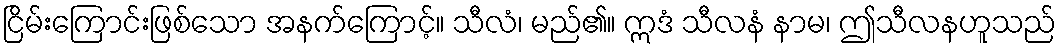
ငြိမ်းကြောင်းဖြစ်သော အနက်ကြောင့်။ သီလံ၊ မည်၏။ ဣဒံ သီလနံ နာမ၊ ဤသီလနဟူသည်